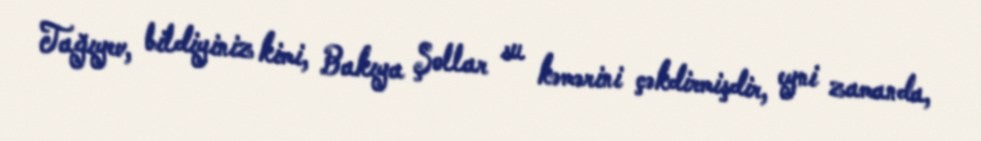
Tağıyev, bildiyiniz kimi, Bakıya Şollar su kəmərini çəkdirmişdir, eyni zamanda,